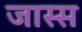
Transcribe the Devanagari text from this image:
जास्स